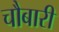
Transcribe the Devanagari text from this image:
चौबारी